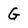
Character: G